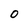
Character: 0